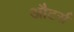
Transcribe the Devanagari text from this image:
औटर्स